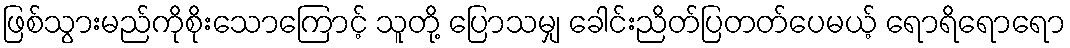
ဖြစ်သွားမည်ကိုစိုးသောကြောင့် သူတို့ ပြောသမျှ ခေါင်းညိတ်ပြတတ်ပေမယ့် ရောရိရောရော